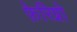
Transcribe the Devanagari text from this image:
फ़ेरिग्नो